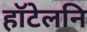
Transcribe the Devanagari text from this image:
हॉटेलनि